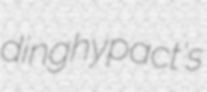
dinghy pact's